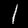
Label: 1